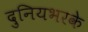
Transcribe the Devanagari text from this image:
दुनियभरके